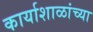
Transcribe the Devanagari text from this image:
कार्याशाळांच्या